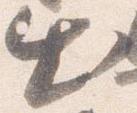
出